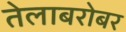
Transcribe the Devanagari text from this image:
तेलाबरोबर